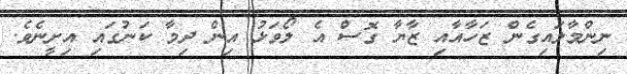
ނިންމާލައިގެން ޒަހާއާއި ޒާޔާ ގޮސް އެ ލޯވަޅު އިން ދިމާ ކަނުގައި އިށީނެވެ.